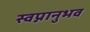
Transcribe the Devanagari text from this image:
स्वप्नानुभव